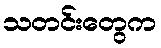
သတင်းတွေက